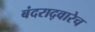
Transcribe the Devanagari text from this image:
बंदराद्वारेच